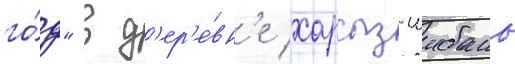
го́д" в д'ер'е́вн'е харсыз-шибань